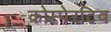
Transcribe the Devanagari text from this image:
कोम्पेरटिव